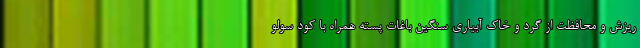
ریزش و محافظت از گرد و خاک آبیاری سنگین باغات پسته همراه با کود سولو